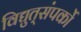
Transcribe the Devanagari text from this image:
विद्युत्‌संपर्को